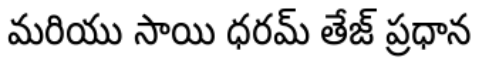
మరియు సాయి ధరమ్ తేజ్ ప్రధాన